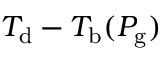
T _ { \mathrm { d } } - T _ { \mathrm { b } } ( P _ { \mathrm { g } } )